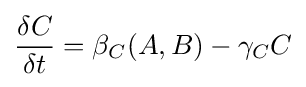
{\frac {\delta C}{\delta t}}=\beta _{C}(A,B)-\gamma _{C}C